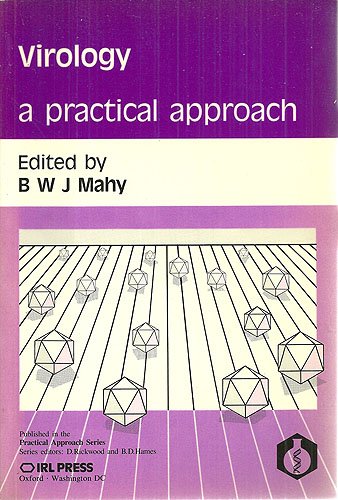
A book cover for Virology: A Practical Approach (The Practical Approach Series); Medical Books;